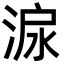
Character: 㴃